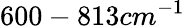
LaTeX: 600-813cm^{-1}